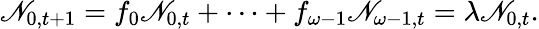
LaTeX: \mathscr{N}_{0,t+1}=f_{0}\mathscr{N}_{0,t}+\cdots+f_{\omega-1}\mathscr{N}_{\omega-1,t}=\lambda\mathscr{N}_{0,t}.